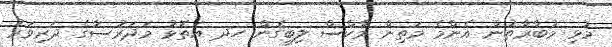
މުޅި މުބާރާތުން އެންމެ މަތިން މާކްސް ލިބިގެން ހދ އަތޮޅު މަދަރުސާގެ ދަރިވަރު